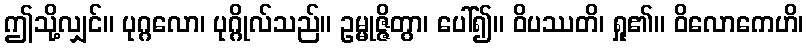
ဤသို့လျှင်။ ပုဂ္ဂလော၊ ပုဂ္ဂိုလ်သည်။ ဥမ္မုဇ္ဇိတွာ၊ ပေါ်၍။ ဝိပဿတိ၊ ရှု၏။ ဝိလောကေဟိ၊